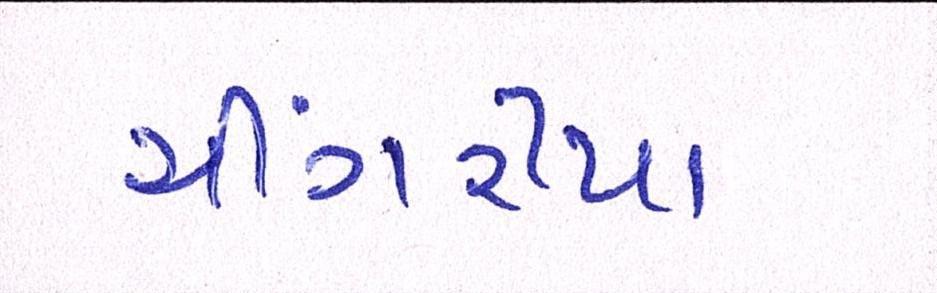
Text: ચીંગરીયા